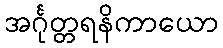
အင်္ဂုတ္တရနိကာယော